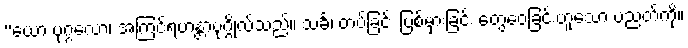
“ယော ပုဂ္ဂလော၊ အကြင်ရဟန္တာပုဂ္ဂိုလ်သည်။ သင်္ခံ၊ တပ်ခြင်း ပြစ်မှားခြင်း တွေဝေခြင်းဟူသော ပညတ်ကို။